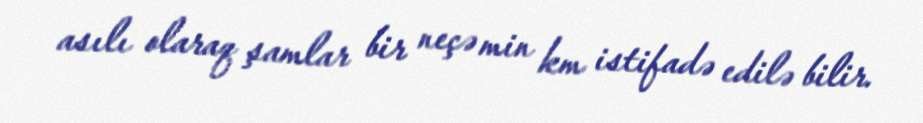
asılı olaraq şamlar bir neçə min km istifadə edilə bilir.